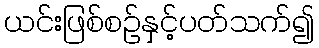
ယင်းဖြစ်စဉ်နှင့်ပတ်သက်၍